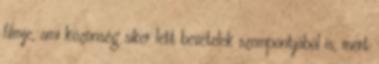
filmje, ami közönség siker lett bevételek szempontjából is, mert